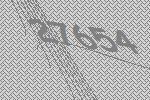
27654